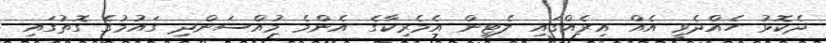
ދެކޮޅު ހެއްދެވީ އެއް އިރެއްގައި ލެޓިން އެމެރިކާގެ އެންމެ މުއްސަންދި ގައުމުގެ ގޮތުގައި